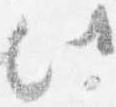
此